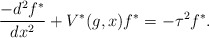
\begin{align*}\frac{-d^2f^*}{dx^2}+V^*(g,x)f^*=-\tau^2f^*.\end{align*}